Indian journal of veterinary science and animal husbandry - Volumes 22-23, 1952-1953
Year: 1952
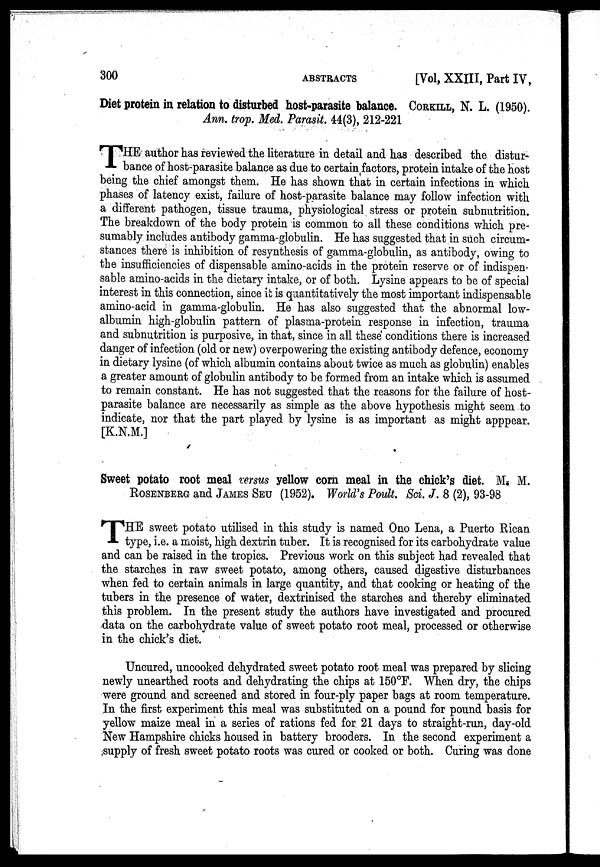
300
ABSTRACTS
[Vol, XXIII, Part IV,
Diet protein in relation to disturbed host-parasite balance. CORKILL, N. L. (1950).
Ann. trop. Med. Parasit. 44(3), 212-221
T HE author has reviewed the literature in detail and has described the distur-
bance of host-parasite balance as due to certain factors, protein intake of the host
being the chief amongst them. He has shown that in certain infections in which
phases of latency exist, failure of host-parasite balance may follow infection with
a different pathogen, tissue trauma, physiological stress or protein subnutrition.
The breakdown of the body protein is common to all these conditions which pre-
sumably includes antibody gamma-globulin. He has suggested that in such circum-
stances there is inhibition of resynthesis of gamma-globulin, as antibody, owing to
the insufficiencies of dispensable amino-acids in the protein reserve or of indispen-
sable amino-acids in the dietary intake, or of both. Lysine appears to be of special
interest in this connection, since it is quantitatively the most important indispensable
amino-acid in gamma-globulin. He has also suggested that the abnormal low-
albumin high-globulin pattern of plasma-protein response in infection, trauma
and subnutrition is purposive, in that, since in all these conditions there is increased
danger of infection (old or new) overpowering the existing antibody defence, economy
in dietary lysine (of which albumin contains about twice as much as globulin) enables
a greater amount of globulin antibody to be formed from an intake which is assumed
to remain constant. He has not suggested that the reasons for the failure of host-
parasite balance are necessarily as simple as the above hypothesis might seem to
indicate, nor that the part played by lysine is as important as might apppear.
[K.N.M.]
Sweet potato root meal versus yellow corn meal in the chick's diet. M. M.
ROSENBERG and JAMES SEU (1952). World's Poult. Sci. J. 8 (2), 93-98
T HE sweet potato utilised in this study is named Ono Lena, a Puerto Rican
type, i.e. a moist, high dextrin tuber. It is recognised for its carbohydrate value
and can be raised in the tropics. Previous work on this subject had revealed that
the starches in raw sweet potato, among others, caused digestive disturbances
when fed to certain animals in large quantity, and that cooking or heating of the
tubers in the presence of water, dextrinised the starches and thereby eliminated
this problem. In the present study the authors have investigated and procured
data on the carbohydrate value of sweet potato root meal, processed or otherwise
in the chick's diet.
Uncured, uncooked dehydrated sweet potato root meal was prepared by slicing
newly unearthed roots and dehydrating the chips at 150ºF. When dry, the chips
were ground and screened and stored in four-ply paper bags at room temperature.
In the first experiment this meal was substituted on a pound for pound basis for
yellow maize meal in a series of rations fed for 21 days to straight-run, day-old
New Hampshire chicks housed in battery brooders. In the second experiment a
supply of fresh sweet potato roots was cured or cooked or both. Curing was done